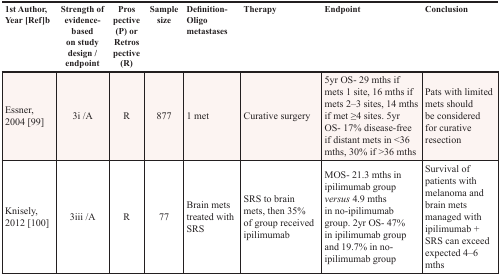
<table><thead><tr><td><b>1st Author, Year [Ref]b</b></td><td><b>Strength of evidence-based on study design / endpoint</b></td><td><b>Prospective (P) or Retrospective (R)</b></td><td><b>Sample size</b></td><td><b>Definition-Oligo metastases</b></td><td><b>Therapy</b></td><td><b>Endpoint</b></td><td><b>Conclusion</b></td></tr></thead><tbody><tr><td>Essner, 2004 [99]</td><td>3i /A</td><td>R</td><td>877</td><td>1 met</td><td>Curative surgery</td><td>5yr OS- 29 mths if mets 1 site, 16 mths if mets 2–3 sites, 14 mths if met ≥4 sites. 5yr OS- 17% disease-free if distant mets in &lt;36 mths, 30% if &gt;36 mths</td><td>Pats with limited mets should be considered for curative resection</td></tr><tr><td>Knisely, 2012 [100]</td><td>3iii /A</td><td>R</td><td>77</td><td>Brain mets treated with SRS</td><td>SRS to brain mets, then 35% of group received ipilimumab</td><td>MOS- 21.3 mths in ipilimumab group <i>versus</i> 4.9 mths in no-ipilimumab group. 2yr OS- 47% in ipilimumab group and 19.7% in no-ipilimumab group</td><td>Survival of patients with melanoma and brain mets managed with ipilimumab + SRS can exceed expected 4–6 mths</td></tr></tbody></table>